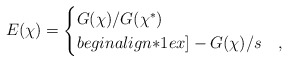
\begin{align*}E(\chi)=\begin{cases}G(\chi)/G(\chi^*) & \\begin{align*}1ex]-G(\chi)/s & ,\end{cases}\end{align*}